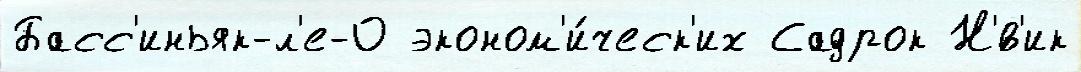
Басс'иньяк-л'е-О эконом'и́ческ'их Садрок Н'́в'ик